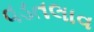
વડતલાવ